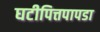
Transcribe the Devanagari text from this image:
घटीपित्तपापडा